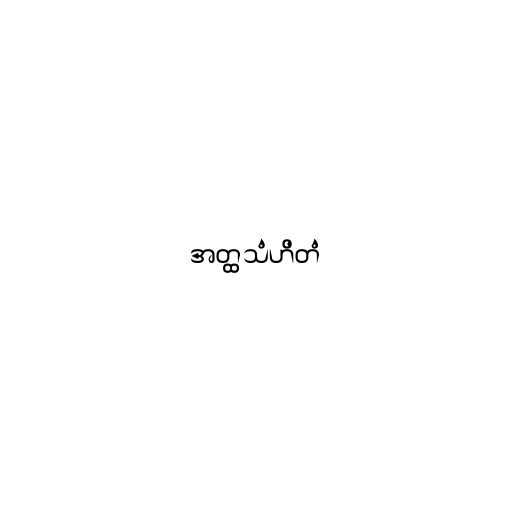
အတ္ထသံဟိတံ